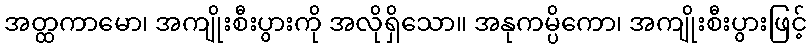
အတ္ထကာမော၊ အကျိုးစီးပွားကို အလိုရှိသော။ အနုကမ္ပိကော၊ အကျိုးစီးပွားဖြင့်